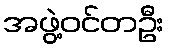
အဖွဲ့ဝင်တဦး